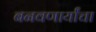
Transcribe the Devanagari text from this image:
बनवणार्यांचा